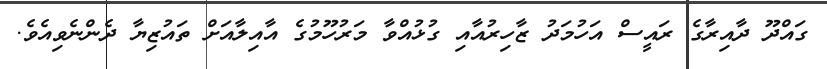
ގައްދޫ ދާއިރާގެ ރައީސް އަހުމަދު ޒާހިރުއާއި ގުޅުއްވާ މަރުހޫމުގެ އާއިލާއަށް ތައުޒިޔާ ދެންނެވިއެވެ.